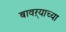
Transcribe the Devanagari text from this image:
बावऱ्याच्या